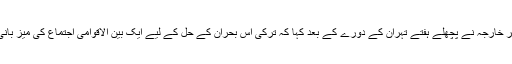
ترکی کے وزیرِ خارجہ نے پچھلے ہفتے تہران کے دورے کے بعد کہا کہ ترکی اس بحران کے حل کے لیے ایک بین الاقوامی اجتماع کی میز بانی کر سکتا ہے۔